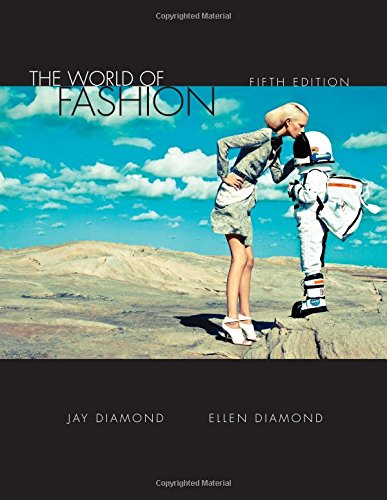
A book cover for The World of Fashion; Jay Diamond; Business & Money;